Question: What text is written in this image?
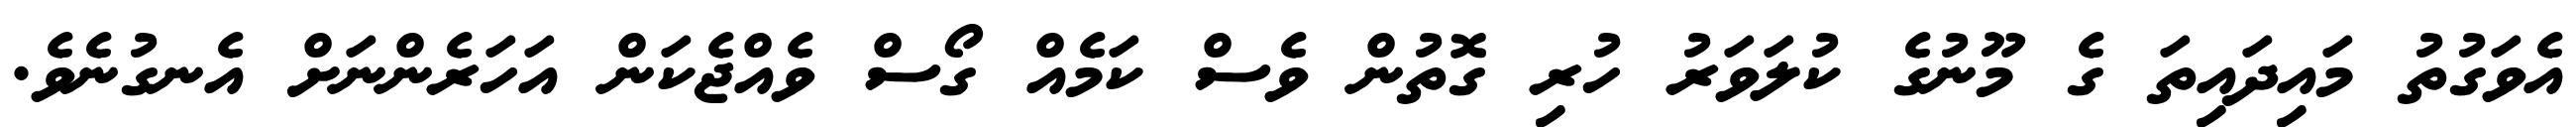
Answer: އެވަގުތު މައިދައިތަ ގެ މޫނުގެ ކުލަވަރު ހުރި ގޮތުން ވެސް ކަމެއް ގޯސް ވެއްޖެކަން އަހަރެންނަށް އެނގުނެވެ.